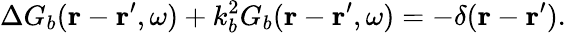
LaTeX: \Delta G_{b}(\boldsymbol{\mathbf{r}}-\boldsymbol{\mathbf{r}}^{\prime},\omega)+k_{b}^{2}G_{b}(\boldsymbol{\mathbf{r}}-\boldsymbol{\mathbf{r}}^{\prime},\omega)=-\delta(\boldsymbol{\mathbf{r}}-\boldsymbol{\mathbf{r}}^{\prime}).